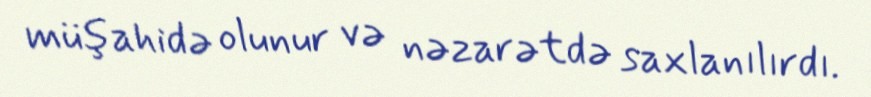
müşahidə olunur və nəzarətdə saxlanılırdı.